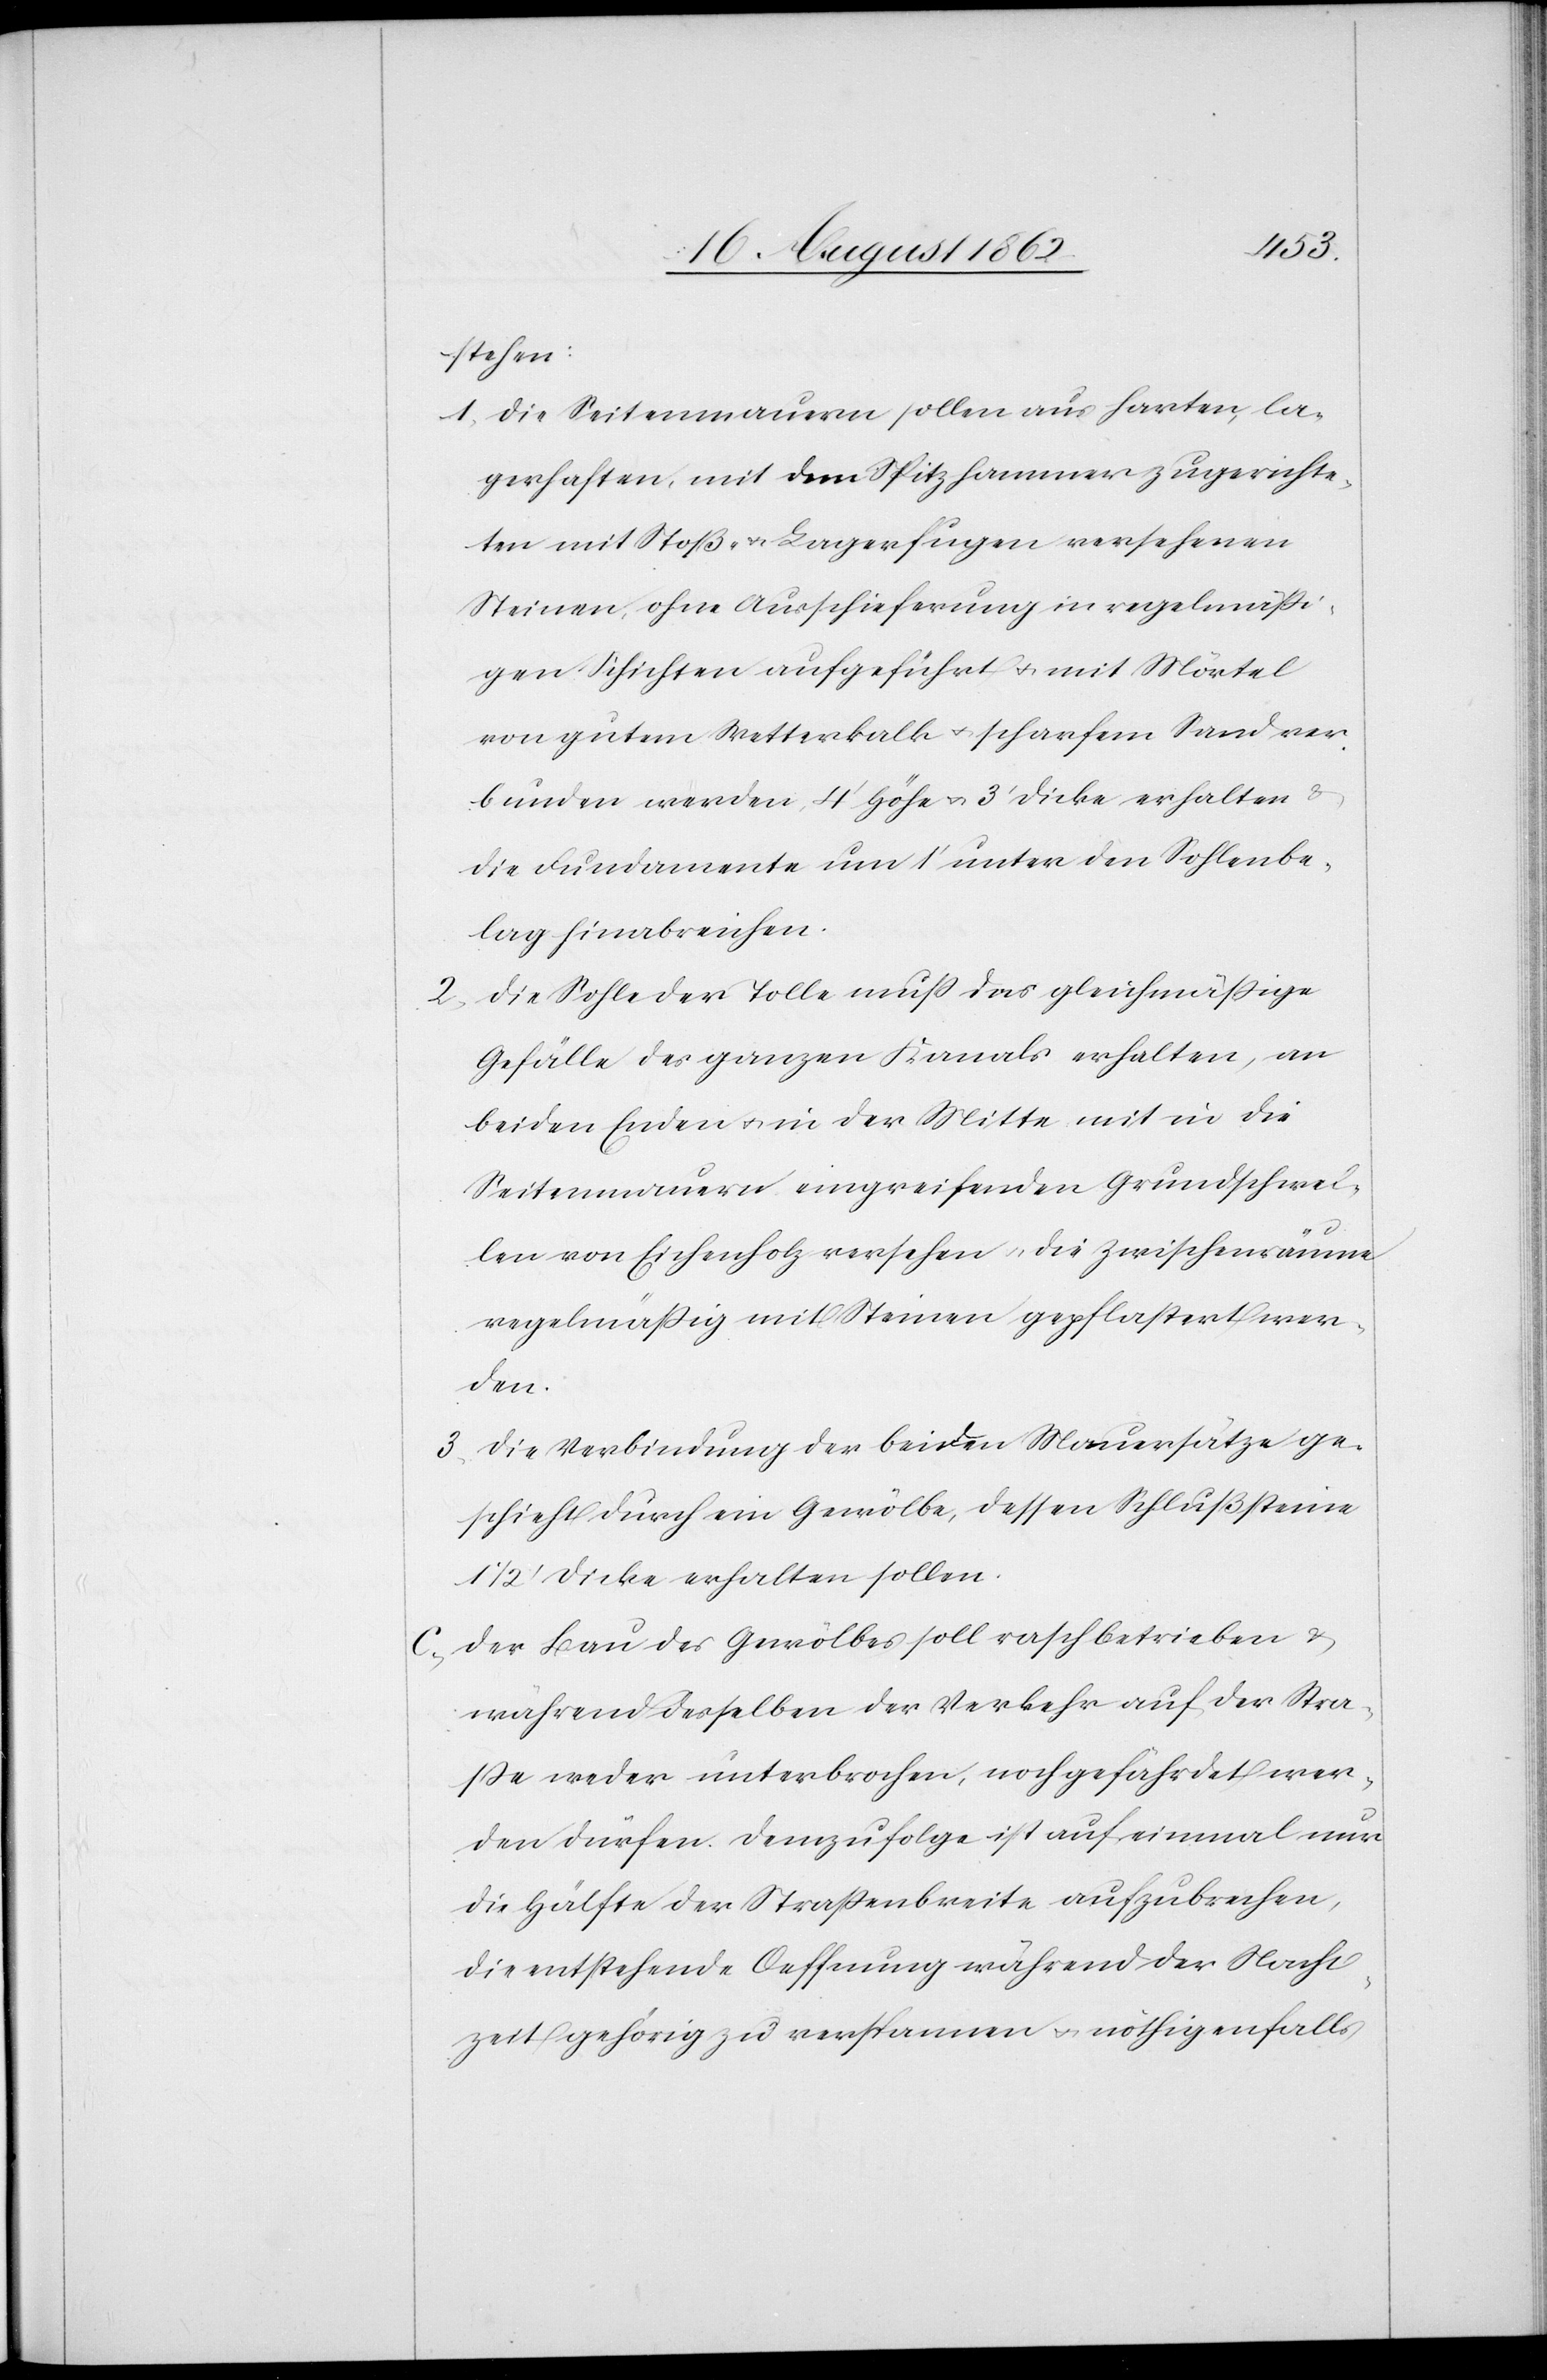
stehen:
1. die Seitenmauern sollen aus harten, la¬
gerhaften, mit dem Spitzhammer zugerichte¬
ten mit Stoß- u. Lagefugen versehenen
Steinen, ohne Ausschieferung in regelmäßi¬
gen Schichten aufgeführt u. mit Mörtel
von gutem Wetterkalk u. scharfem Sand ver¬
bunden werden, 4’ Höhe u. 3’ Dicke erhalten u.
die Fundamente um 1’ unter den Sohlenbe¬
lag hinabreichen.
2. die Sohle der Tolle muß das gleichmäßige
Gefälle des ganzen Kanals erhalten, an
beiden Enden u. in der Mitte mit in die
Seitenmauern eingreifenden Grundschwel¬
len von Eichenholz versehen, die Zwischenräume
regelmäßig mit Steinen gepflastert wer¬
den.
3. die Verbindung der beiden Mauersätze ge¬
schieht durch ein Gewölbe, dessen Schlußsteine
1 1/2’ Dicke erhalten sollen.
c. Der Bau des Gewölbes soll rasch betrieben u.
während desselben der Verkehr auf der Stra¬
ße weder unterbrochen, noch gefährdet wer¬
den dürfen. Demzufolge ist auf einmal nur
die Hälfte der Straßenbreite aufzubrechen,
die entstehende Oeffnung während der Nacht¬
zeit gehörig zu verspannen u. nöthigenfalls